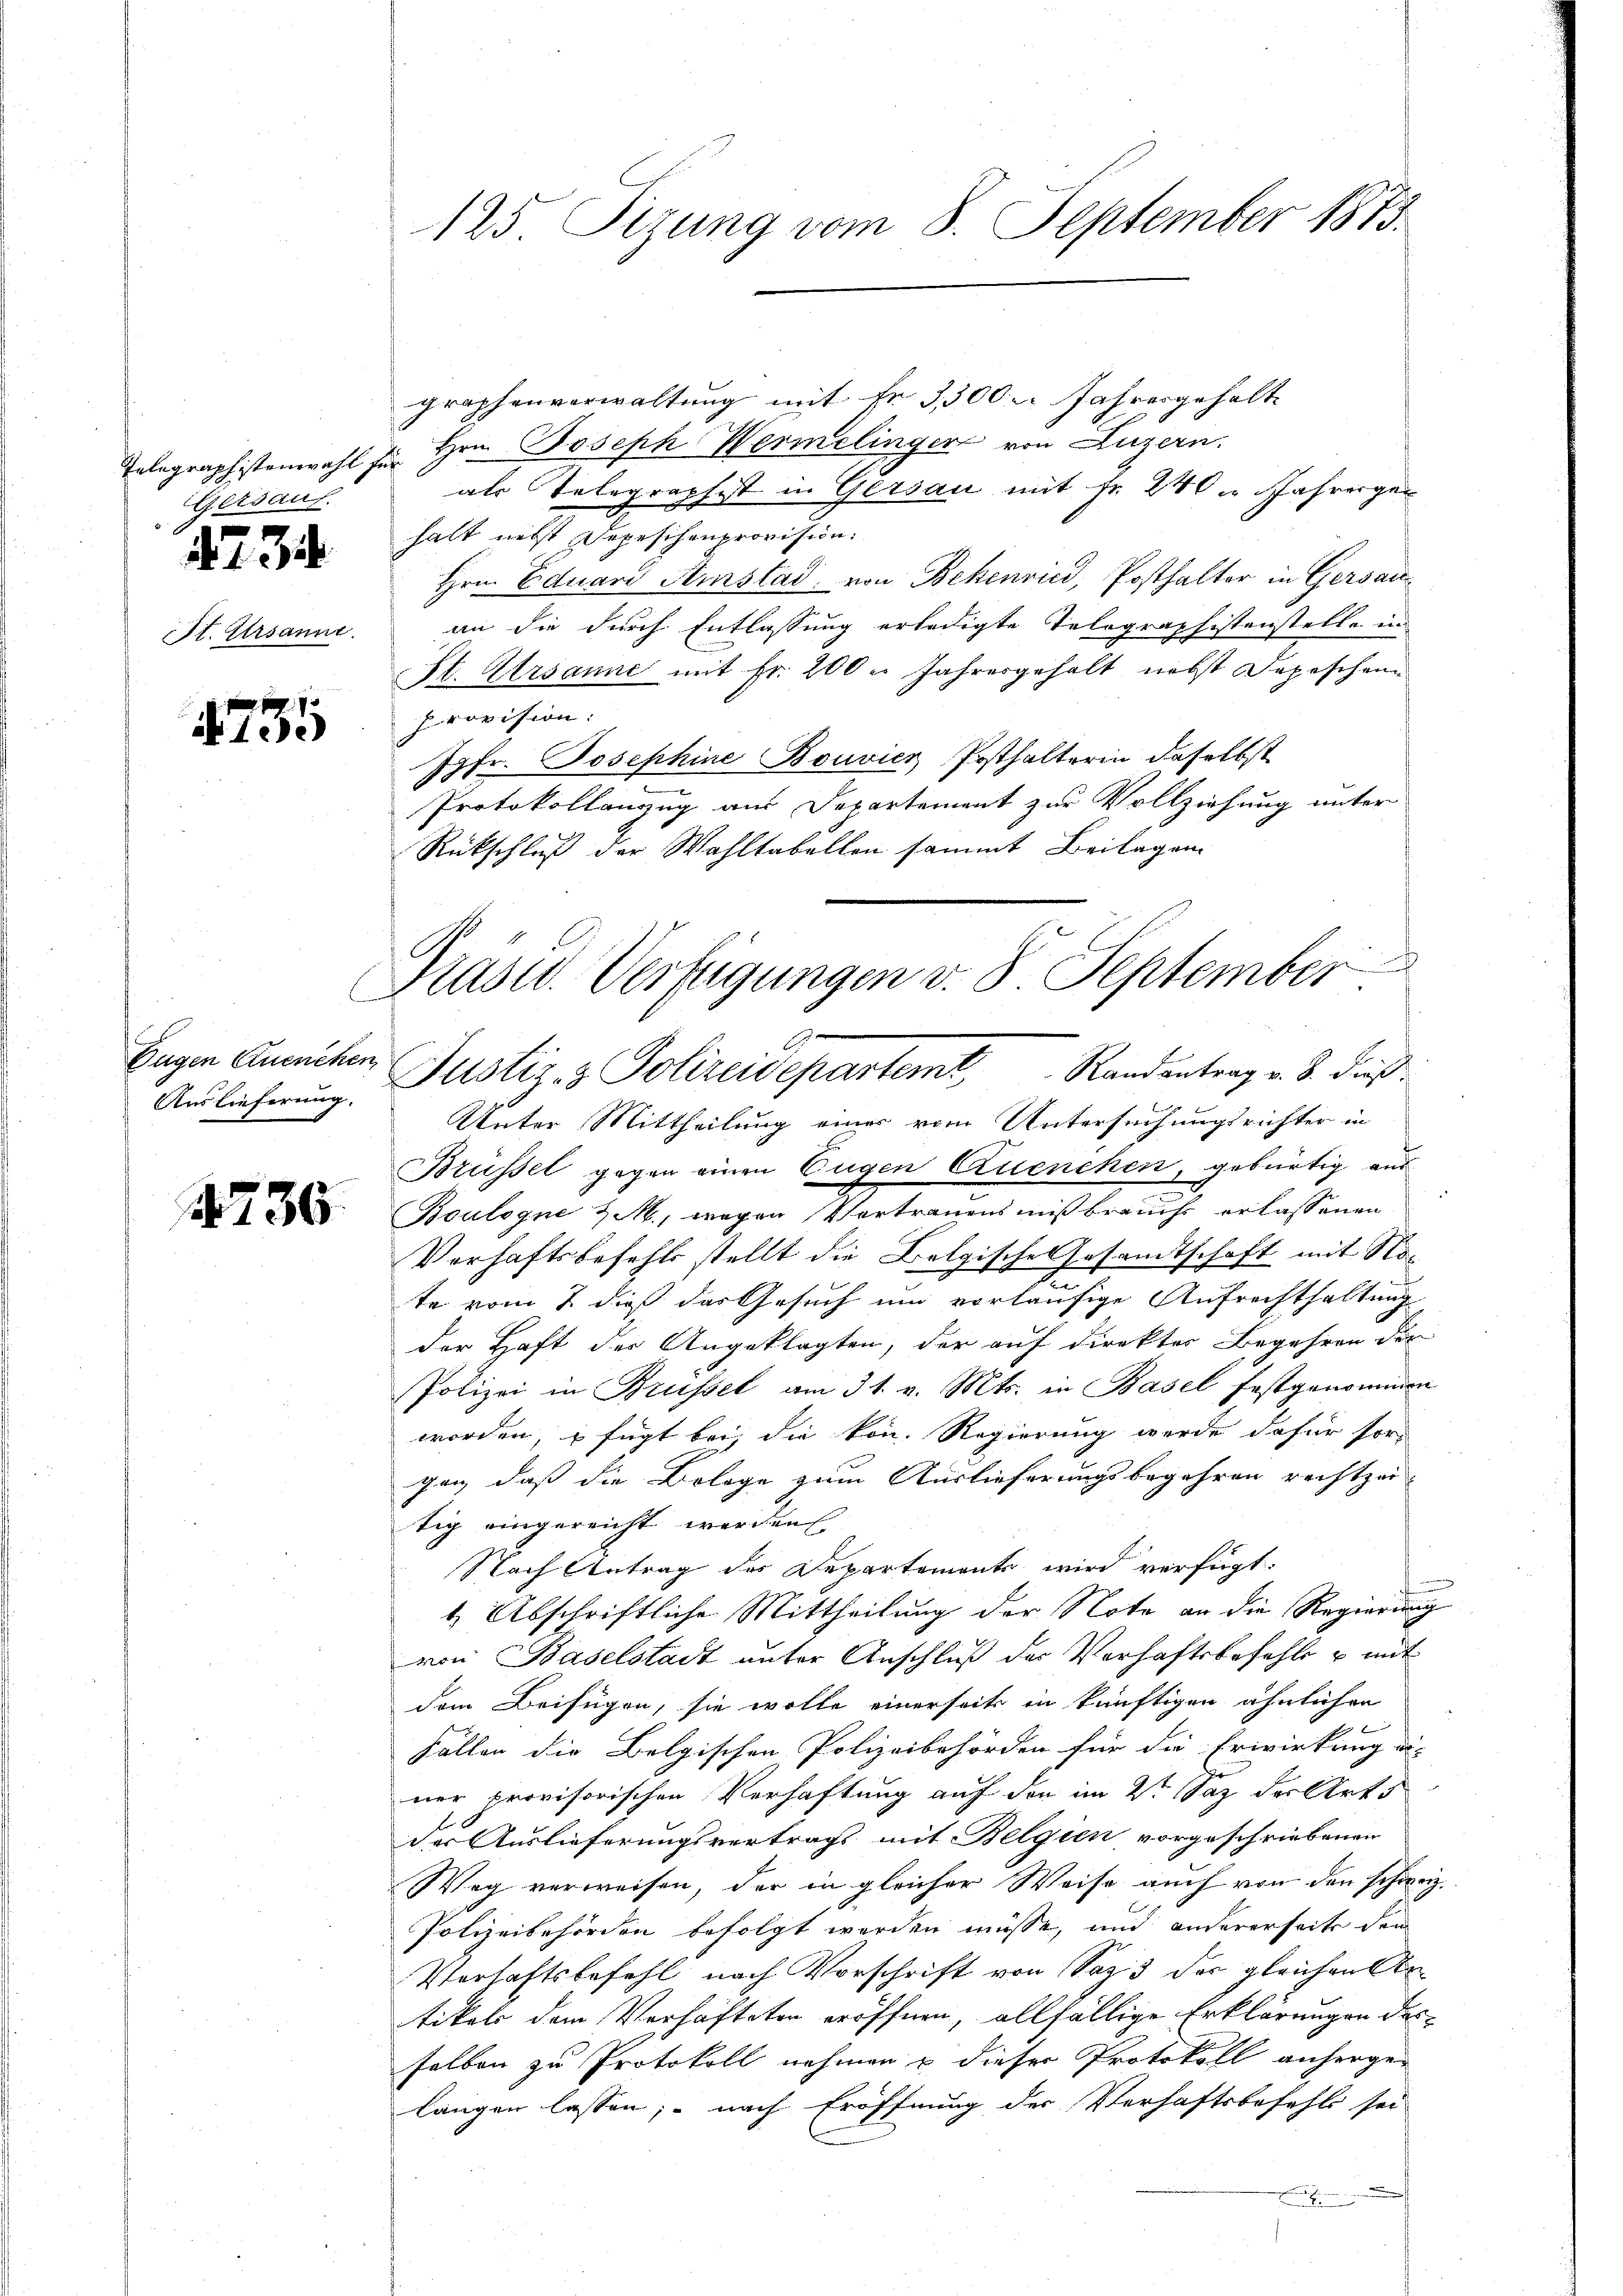
Eserin
4734.
St. Ursanne.

4735

Auslieferung.

2236

125. Sizung vom 8. September 1873.

graphenverwaltung mit fr. 3,500. Jahresgehalte
Telegraphistenwahl zu Hrn. Joseph Wermelinger von Luzern.
als Telegraphist in Gersau mit Fr. 240 u Jahresgen
halt nebst Depeschenprovision.
Hrn. Eduari Amstad, von Bekenried, Posthalter in Gersauan die durch Entlassung erledigte Telegraphistenstelle in
St. Gersanne mit Fr. 200 u. Jahresgehalt nebst Depeschen
Provision:
Jgfr. Josephine Bouvier Posthalterin daselbst
Protokollanzug aus Departement zur Vollziehung unter
Rückschluß der Wahltabellon sammt Beilagen.
Unter Mittheilung einer vom Untersuchungsrichter in
Brüssel gegen einen Eugen Cruenchen, gebürtig aus
Boulogne & M., wegen Vortrauensmißbrauche erlassenen
gische Gesamtschaft mit Son
Vorhaftsbefehls stellt die Bei¬
2
te vom 2 dieß das Gesuch um vorläufige Aufrechthaltung
der Haft der Angeklagten, der auf direkter Begehren der
Polizei in Brüssel am 31. v. Mts. in Basel festgenommen
worden, u fügt bei die von Regierung werde dafür sor-
gen, daß die Belege zum Auslieferungsbegehren rechtzei
tig eingereicht werden
Nach Antrag des Departements wird verfügt:
f
1, Abschriftliche Mittheilung der Note an die Regierung
von Baselstadt unter Anschluß der Verhaftsbefehle u mit
dem Beifügen, sie wolle einerseits in künftigen ähnlichen
Fällen die Belgischen Polizeibehörden für die Erwirkung di
ner provisorischen Verhaftung auf den im 2ten Saz der Art.
der Auslieferungsvertrags mit Belgien vorgeschriebenen
Weg verweisen, der in gleicher Weise auch von den schweiz
Polizeibehörden befolgt werden müsse, und andererseite den
Verhaftsbefehl nach Vorschrift von Soz 3 der gleichen Antikels dem Verhafteten eröffnen, allfällige Erklärungen des
selben zu Protokoll nehmen & dieser Protokoll anherge
langen lassen; - nach Eröffnung der Verhaftsbefehls sei
.

Präsid. Verfügungen v. 8. September
Hagen Ansichen Justiz- & Polizeidepartemt, Randantrag v. 8. dieß¬